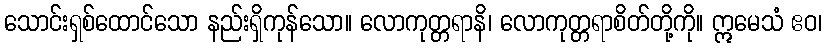
သောင်းရှစ်ထောင်သော နည်းရှိကုန်သော။ လောကုတ္တရာနိ၊ လောကုတ္တရာစိတ်တို့ကို။ ဣမေသံ ဧဝ၊